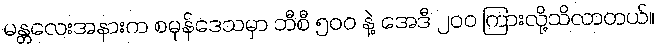
မန္တလေးအနားက စမုန်ဒေသမှာ ဘီစီ ၅ဝဝ နဲ့ အေဒီ ၂ဝဝ ကြားလို့သိလာတယ်။